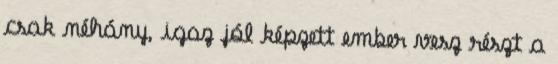
csak néhány, igaz jól képzett ember vesz részt a